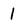
Character: 1